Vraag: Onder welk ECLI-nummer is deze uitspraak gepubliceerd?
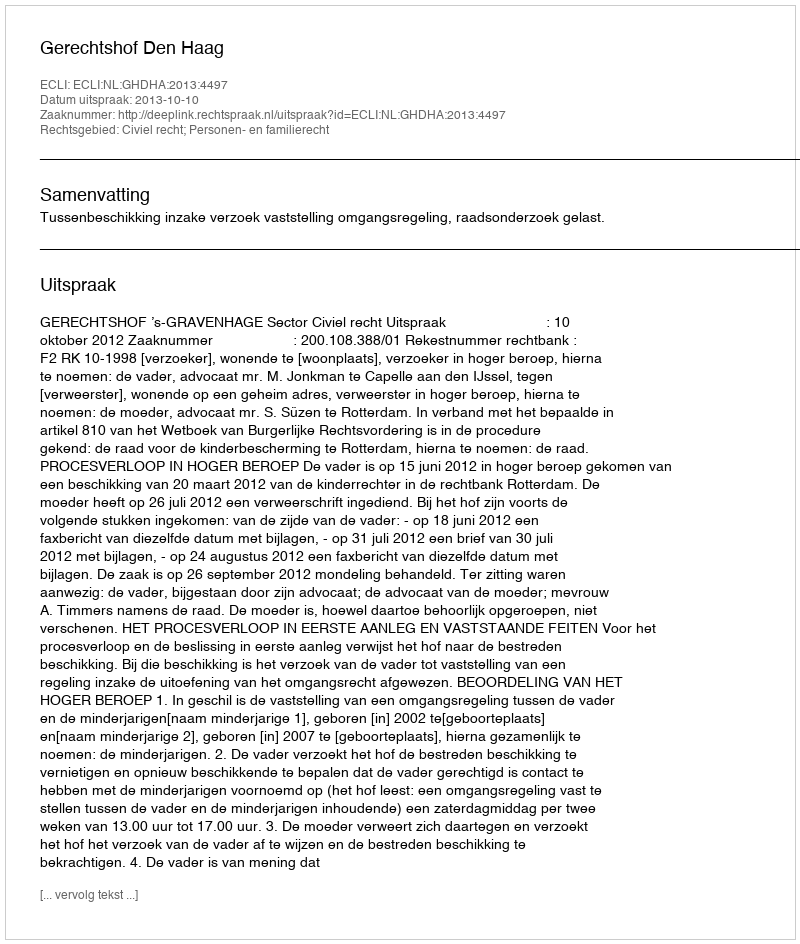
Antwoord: ECLI:NL:GHDHA:2013:4497